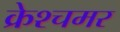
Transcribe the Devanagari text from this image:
क्रेश्चमर